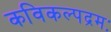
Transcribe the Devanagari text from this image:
कविकल्पद्रमः